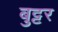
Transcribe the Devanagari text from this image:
बुट्टर